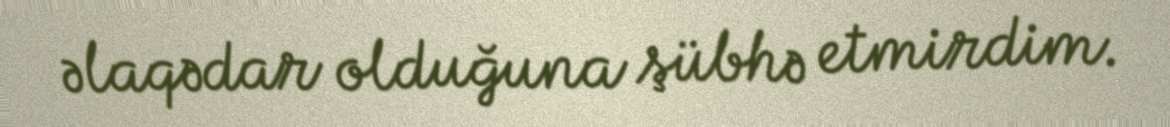
əlaqədar olduğuna şübhə etmirdim.